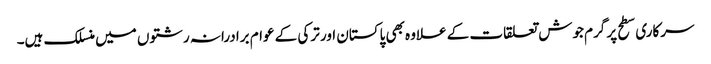
سرکاری سطح پر گرم جوش تعلقات کے علاوہ بھی پاکستان اور ترکی کے عوام برادرانہ رشتوں میں منسلک ہیں۔